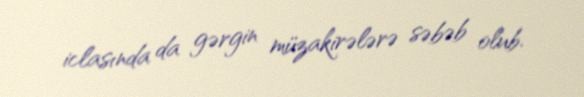
iclasında da gərgin müzakirələrə səbəb olub.